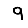
Digit: 9